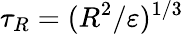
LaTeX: \tau_{{R}}=({R}^{2}/\varepsilon)^{1/3}